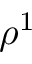
\rho ^ { 1 }